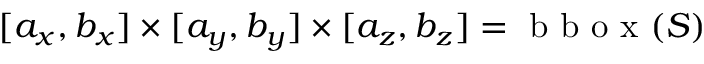
[ a _ { x } , b _ { x } ] \times [ a _ { y } , b _ { y } ] \times [ a _ { z } , b _ { z } ] = \mathrm { ~ b ~ b ~ o ~ x ~ } ( S )